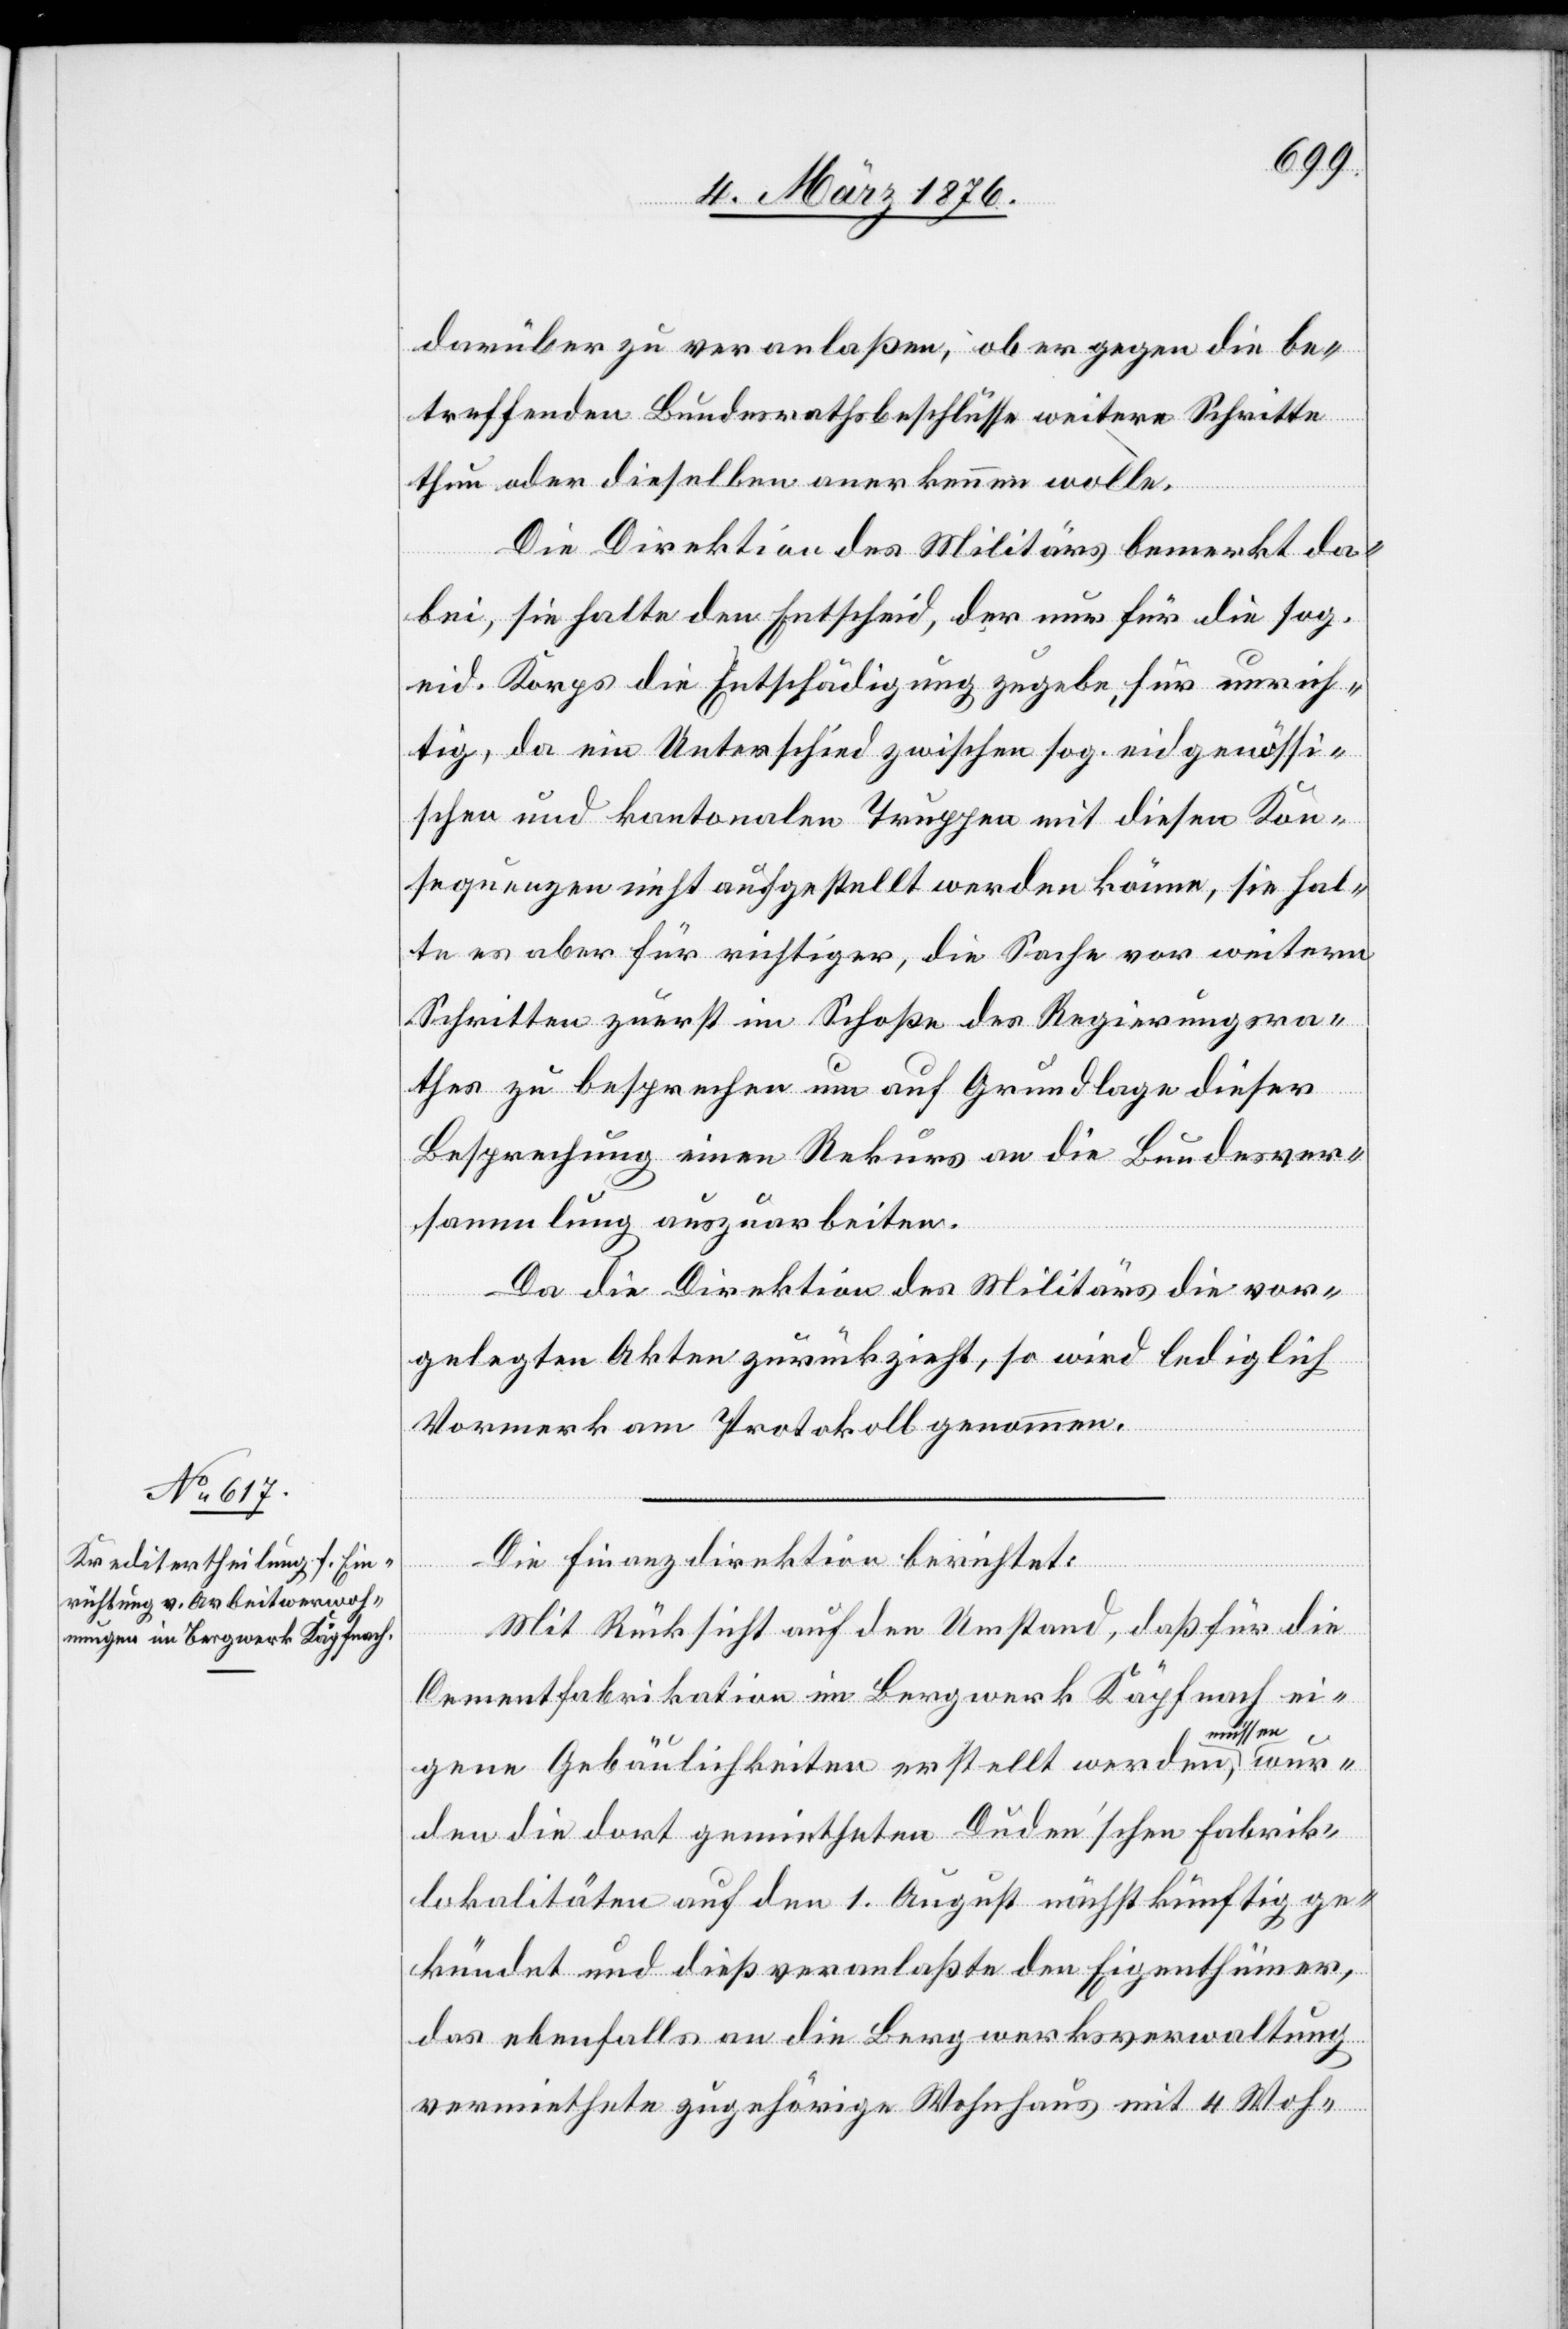
darüber zu veranlaßen, ob er gegen die be¬
treffenden Bundesrathsbeschlüsse weitere Schritte
thun oder dieselben anerkennen wolle.
Die Direktion des Militärs bemerkt da¬
bei, sie halte den Entscheid, der nur für die sog.
eid. Korps die Entschädigung zugebe, für unrich¬
tig, da ein Unterschied zwischen sog. eidgenössi¬
schen und kantonalen Truppen mit diesen Kon¬
sequenzen nicht aufgestellt werden könne, sie hal¬
te es aber für richtiger, die Sache vor weitern
Schritten zuerst im Schoße des Regierungsra¬
thes zu besprechen um auf Grundlage dieser
Besprechung einen Rekurs an die Bundesver¬
sammlung auszuarbeiten.
Da die Direktion des Militärs die vor¬
gelegten Akten zurückzieht, so wird lediglich
Vormerk am Protokoll genommen.
wur¬
Die Finanzdirektion berichtet:
Mit Rücksicht auf den Umstand, daß für die
Cementfabrikation im Bergwerk Käpfnach ei¬
gene Gebäulichkeiten erstellt werden müs¬
den die dort gemietheten Duden’schen Fabrik¬
lokalitäten auf den 1. August nächstkünftig ge¬
kündet und dies veranlaßte den Eigenthümer,
das ebenfalls an die Bergwerksverwaltung
vermiethete zugehörige Wohnhaus mit 4 Woh-